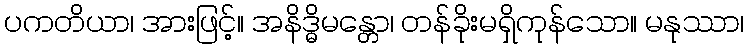
ပကတိယာ၊ အားဖြင့်။ အနိဒ္ဓိမန္တော၊ တန်ခိုးမရှိကုန်သော။ မနုဿာ၊